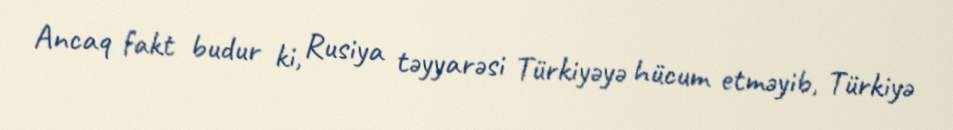
Ancaq fakt budur ki, Rusiya təyyarəsi Türkiyəyə hücum etməyib, Türkiyə